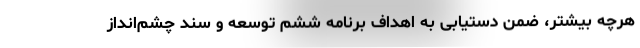
هرچه بیشتر، ضمن دستیابی به اهداف برنامه ششم توسعه و سند چشم‌انداز